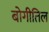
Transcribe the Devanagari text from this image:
बोगीतिल